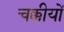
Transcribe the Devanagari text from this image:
चक्कीयों